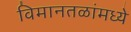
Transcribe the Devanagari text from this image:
विमानतळांमध्ये